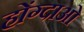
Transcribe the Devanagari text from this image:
होंग्दाओ